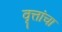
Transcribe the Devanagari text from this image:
वृत्तांचा